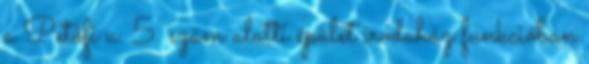
a Petőfi u. 5. szám alatti épület irodaház funkcióban